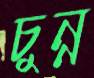
চুন্ন